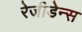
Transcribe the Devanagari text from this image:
रेजीडेन्स